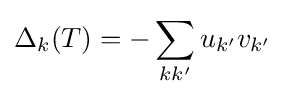
\Delta _{k}(T)=-\sum _{kk'}u_{k'}v_{k'}